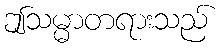
ဤသမ္မာတရားသည်